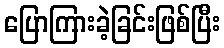
ပြောကြားခဲ့ခြင်းဖြစ်ပြီး